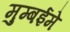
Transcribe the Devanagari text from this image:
मुम्बईमे